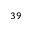
^ { 3 9 }